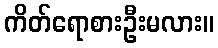
ကိတ်ရောစားဦးမလား။